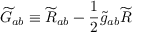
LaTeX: { \widetilde { G } } _ { a b } \equiv { \widetilde { R } } _ { a b } - { \frac { 1 } { 2 } } { \widetilde { g } } _ { a b } { \widetilde { R } }